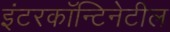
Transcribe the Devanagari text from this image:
इंटरकॉन्टिनेटील